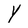
Character: Y